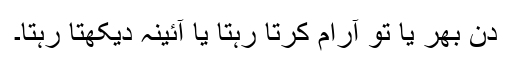
دن بھر یا تو آرام کرتا رہتا یا آئینہ دیکھتا رہتا۔